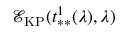
\mathcal { E } _ { \mathrm { K P } } ( t _ { * * } ^ { 1 } ( \lambda ) , \lambda )